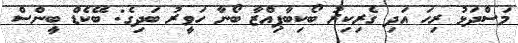
މަސްދަޅު ރިހަ އަދި ގެރިކިރު ބޯކިބާޕިއްޒާ ބޯނާ ހަވީރު ބަދިގެ: ބޭކެޑް ބީންސް